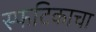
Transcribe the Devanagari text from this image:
स्फटिकाचा